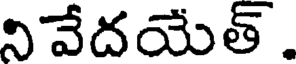
నివేదయేత్.